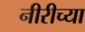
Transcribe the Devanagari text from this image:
नीरीच्या